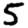
Digit: 5